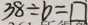
3 8 \div b = \square